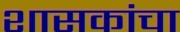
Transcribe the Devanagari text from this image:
शासकांचा